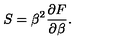
S = \beta ^ { 2 } { \frac { \partial F } { \partial \beta } } .